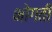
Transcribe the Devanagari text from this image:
भोगती